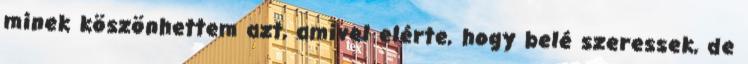
minek köszönhettem azt, amivel elérte, hogy belé szeressek, de